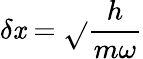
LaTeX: \delta\mathit{x}={\sqrt{}{{\frac{{h}}{{m\omega}}}}}